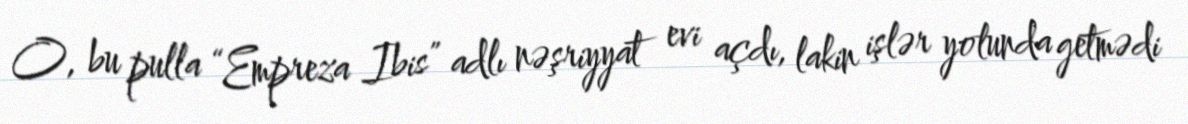
O, bu pulla “Empreza Ibis” adlı nəşriyyat evi açdı, lakin işlər yolunda getmədi